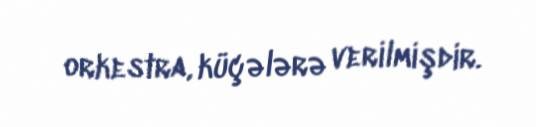
orkestra, küçələrə verilmişdir.